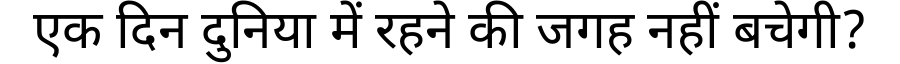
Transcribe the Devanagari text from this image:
एक दिन दुनिया में रहने की जगह नहीं बचेगी?